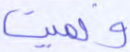
ونميت